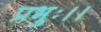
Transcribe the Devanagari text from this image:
प्रभुः।।